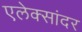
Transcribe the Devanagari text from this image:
एलेक्सांदर